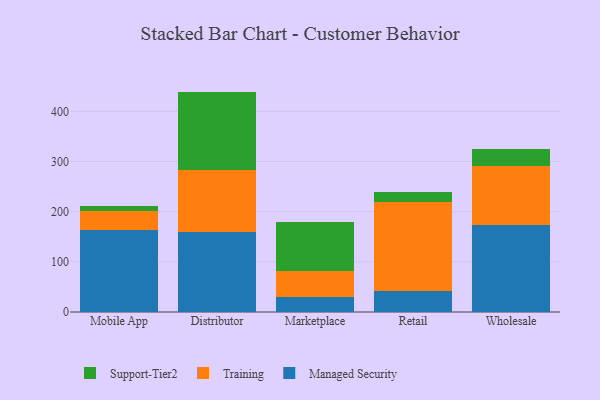
{"axis": {"x": "Channel", "y": "Bounce Rate (%)"}, "legend": ["Managed Security", "Support-Tier2", "Training"], "data": [{"x": "Mobile App", "y": 164.0, "type": "Managed Security"}, {"x": "Mobile App", "y": 38.2, "type": "Training"}, {"x": "Mobile App", "y": 8.6, "type": "Support-Tier2"}, {"x": "Distributor", "y": 158.8, "type": "Managed Security"}, {"x": "Distributor", "y": 125.0, "type": "Training"}, {"x": "Distributor", "y": 155.5, "type": "Support-Tier2"}, {"x": "Marketplace", "y": 30.3, "type": "Managed Security"}, {"x": "Marketplace", "y": 51.4, "type": "Training"}, {"x": "Marketplace", "y": 97.7, "type": "Support-Tier2"}, {"x": "Retail", "y": 42.7, "type": "Managed Security"}, {"x": "Retail", "y": 177.3, "type": "Training"}, {"x": "Retail", "y": 19.8, "type": "Support-Tier2"}, {"x": "Wholesale", "y": 173.4, "type": "Managed Security"}, {"x": "Wholesale", "y": 117.2, "type": "Training"}, {"x": "Wholesale", "y": 33.6, "type": "Support-Tier2"}]}